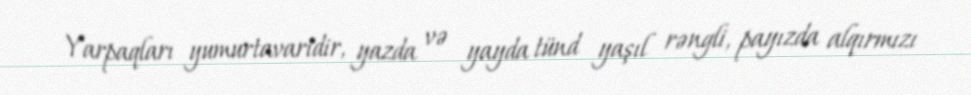
Yarpaqları yumurtavaridir, yazda və yayda tünd yaşıl rəngli, payızda alqırmızı